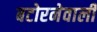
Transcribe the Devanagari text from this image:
बटोरनेवाली